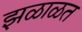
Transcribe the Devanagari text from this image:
झळाळत